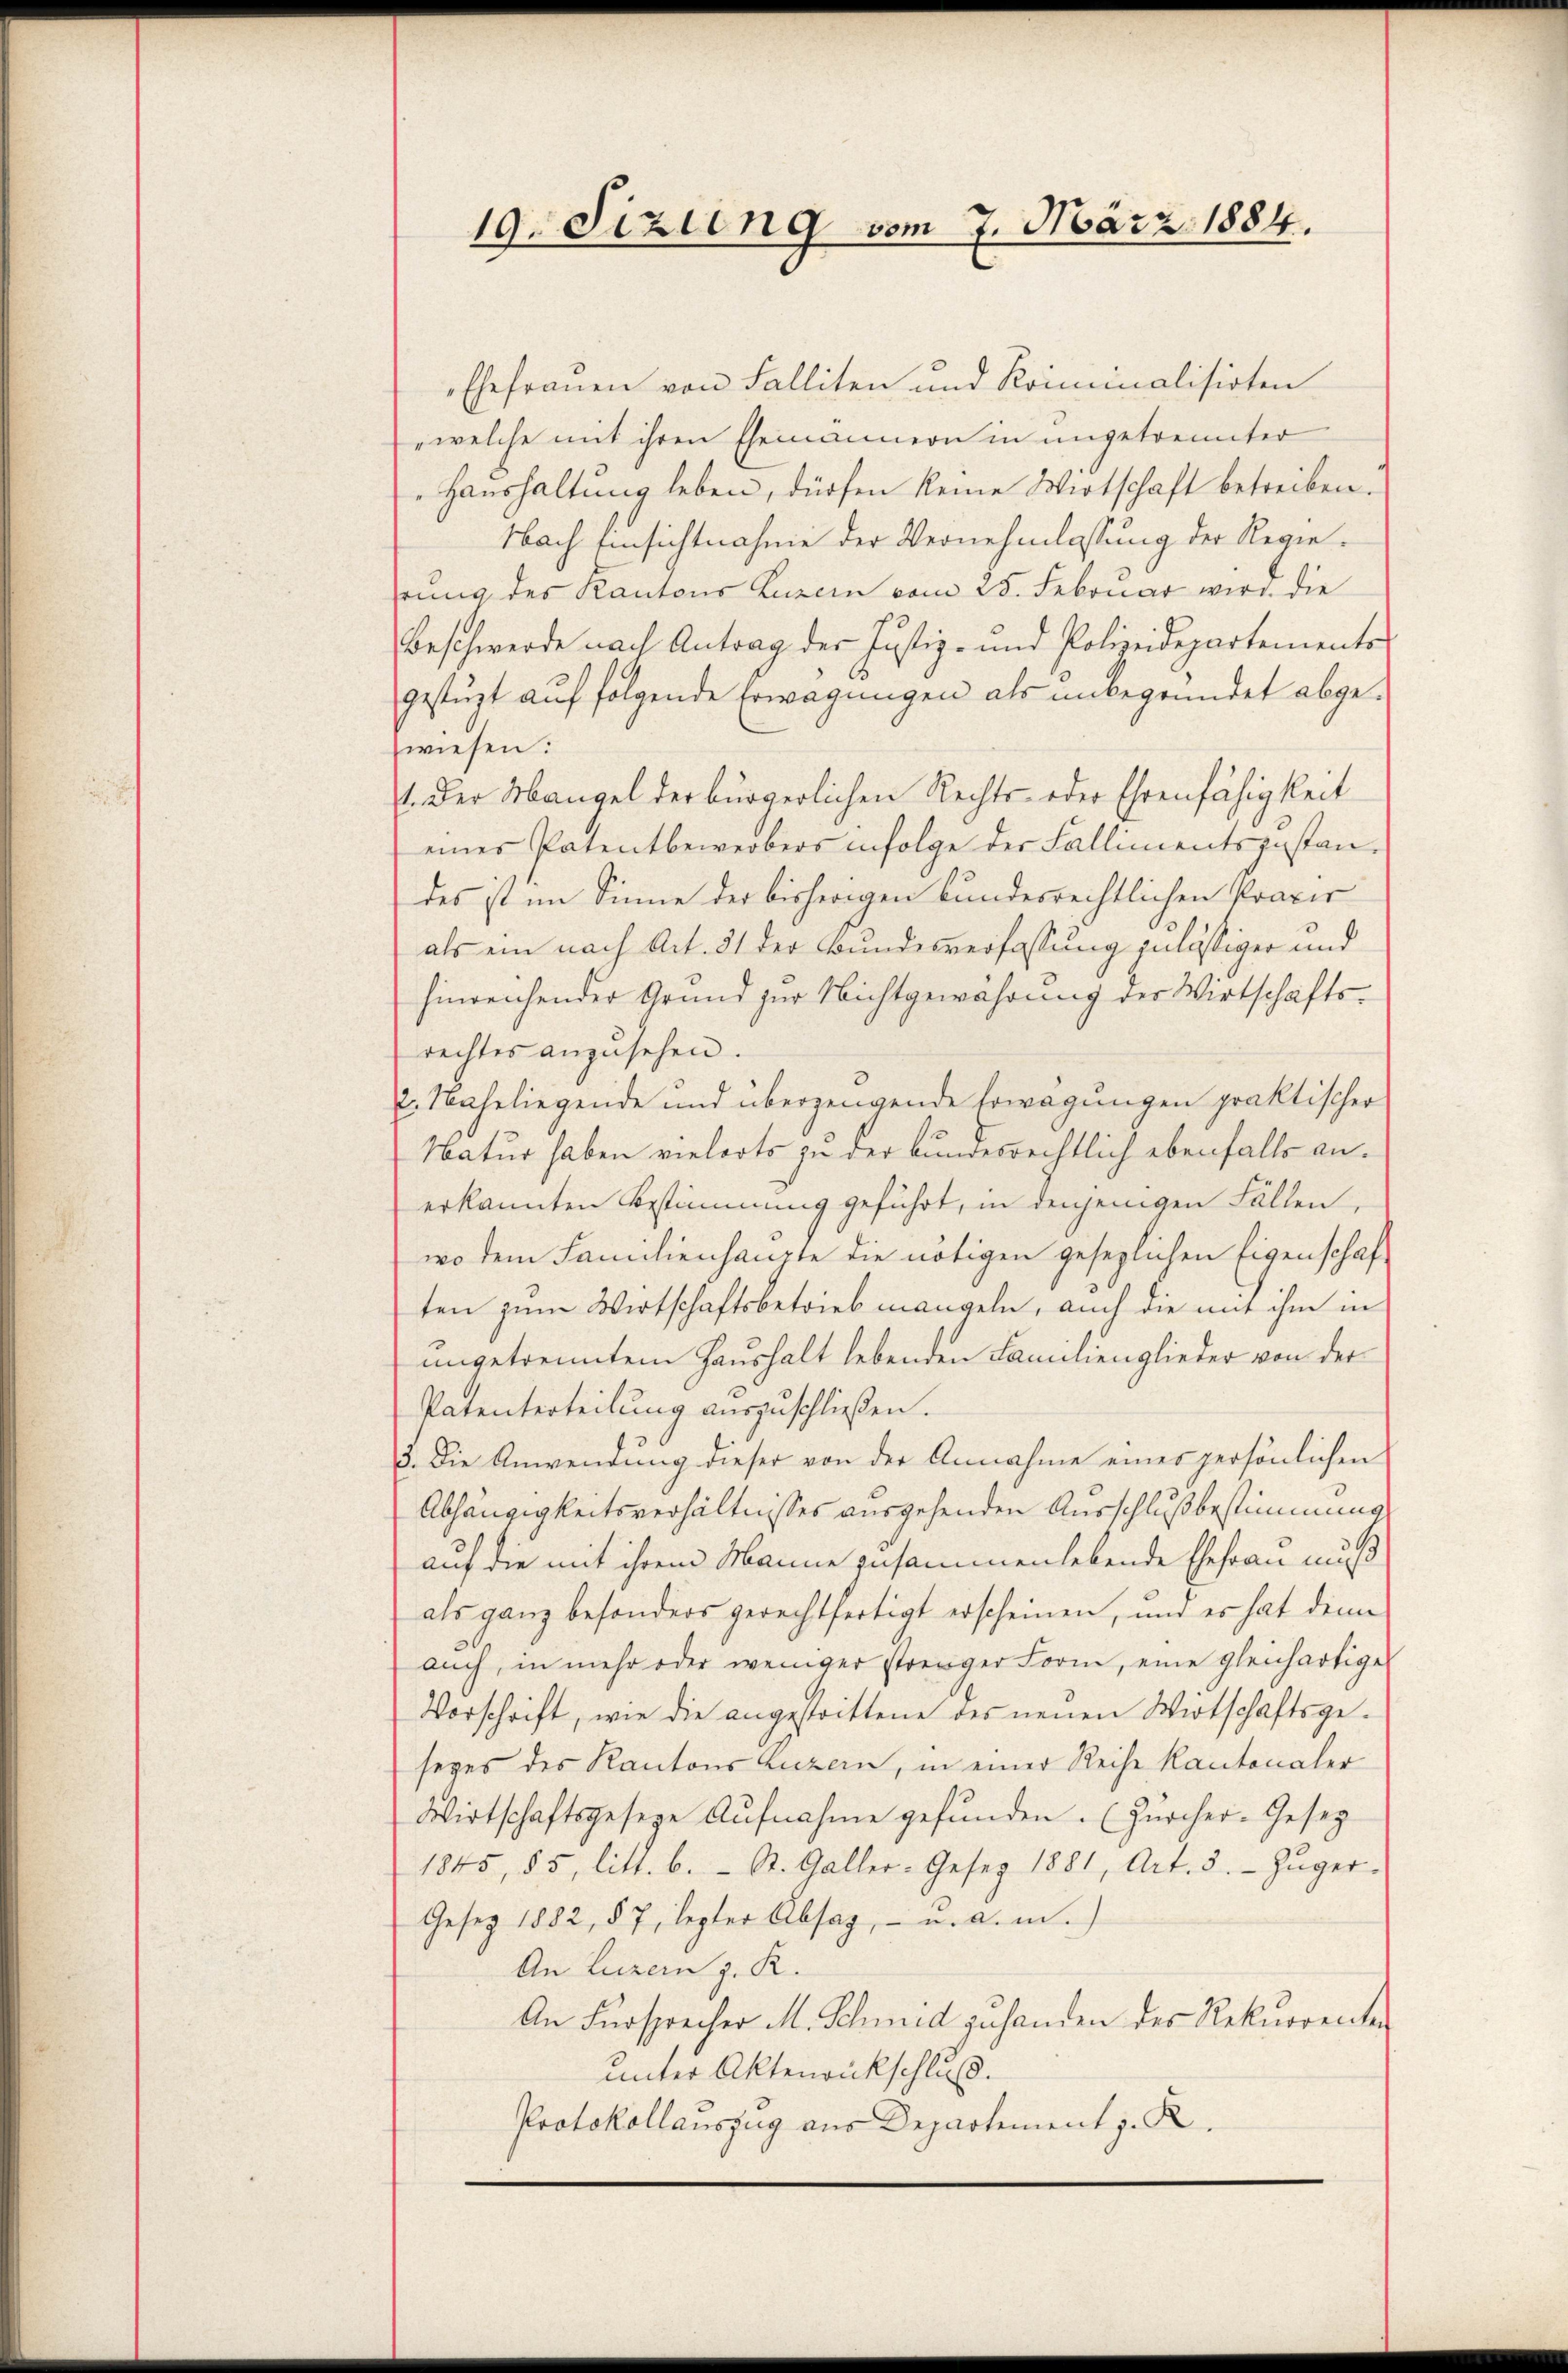
10. Sizung vom 7. März 1884.

Ehefrauen von Falliten und Kriminalisirten
"welche mit ihren Ehemannern in ungetrennter
Haushaltung leben, dürfen keine Wirtschaft betreiben.
Nach Einsichtnahme der Vernehmlassung der Regiehrung des Kantons Luzern vom 28. Februar wird die
Beschwerde nach Antrag der Justiz- und Polizeidepartements
gestüzt auf folgende Erwägungen als unbegründet abgewiesen:
t. Der Mangel der bürgerlichen Rechts- oder Ehrenfähigkeit
eines Patentbewerbers infolge der Fallimentszustandes ist im Sinne der bisherigen bundesrechtlichen Praxis
als ein nach Art. 31 der Bundesverfassung zulässiger und
hinreichender Grund zur Nichtgewahrung der Wirtschäftsrechtes anzusehen.
2. Naheliegende und überzeugende Erwägungen praktischer
Natur haben vielerts zu der bundesrechtlich ebenfalls an.
erkannten Bestimmung geführt, in denjenigen Fällen
wo dem Familienhaupte die nötigen gesezlichen Eigenschaf
ten zum Wirtschaftsbetrieb mangeln, auch die mit ihm in
angetrenntem Haushalt lebenden Familienglieder von der
Patenterteilung auszuschließen.
3. Die Anwendung dieser von der Annahme eines persönlichen
Abhängigkeitsverhältnisses ausgehenden Ausschlußbestimmung
auf die mit ihrem Manne zusammenlebende Ehefrau muß
als ganz besonders gerechtfertigt erscheinen, und es hat denn
auch, in mehr oder weniger strenger Form, eine gleichartige
Vorschrift, wie die angestrittene des neuen Wirtschaftsgeseyes des Kantons Luzern, in einer Reihe kantonaler
Wirtschaftsgeseze Aŭfnahme gefunden. (Zürcher-Gesetz
1845, 85, litt. b. St. Galler-Gesez 1881, Art. 3. Zŭger-
Gesetz 1882, § 7, lezter Absaz, - u. a. m.)
An Luzern z. R.
An Fürsprecher M. Schmid zuhanden des Rekurrenten
unter Aktenrückschluß.
Protokollauszug aus Departement z. R.